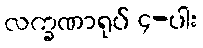
လက္ခဏာရုပ် ၄-ပါး